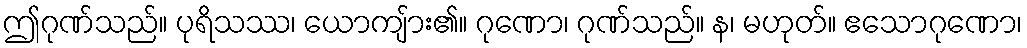
ဤဂုဏ်သည်။ ပုရိသဿ၊ ယောကျ်ား၏။ ဂုဏော၊ ဂုဏ်သည်။ န၊ မဟုတ်။ ဧသောဂုဏော၊